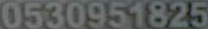
0530951825